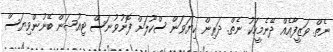
ނެތް. ވަޒީފާއެއް ދޭނެމީހަކު ނެތް. ދަރިން ކިޔަވަން ސްކޫލަށް ފޮނުވުނަސް ޓިއުޝަން ބޭނުންވިޔަސް